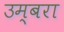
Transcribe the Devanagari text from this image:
उम्बरा